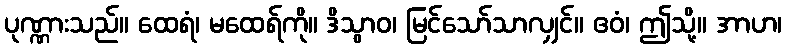
ပုဏ္ဏားသည်။ ထေရံ၊ မထေရ်ကို။ ဒိသွာဝ၊ မြင်သော်သာလျှင်။ ဧဝံ၊ ဤသို့။ အာဟ၊